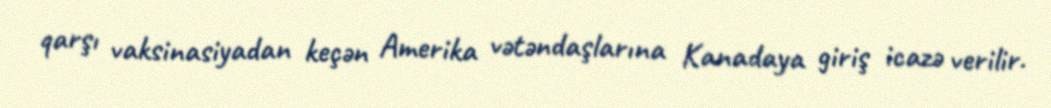
qarşı vaksinasiyadan keçən Amerika vətəndaşlarına Kanadaya giriş icazə verilir.